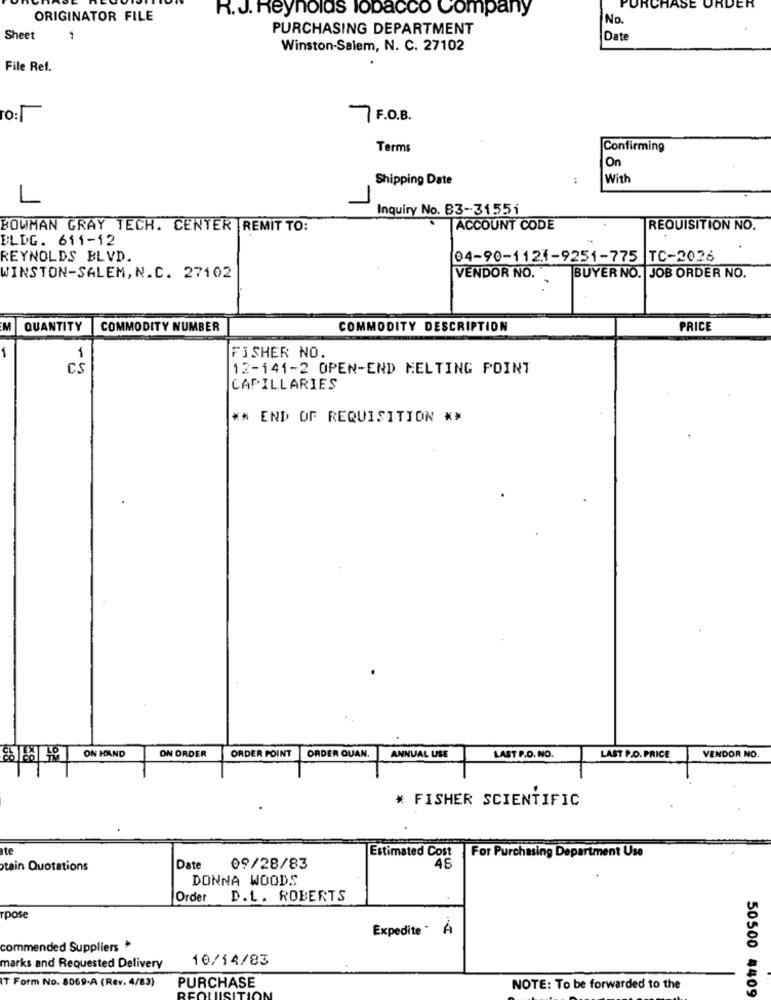
R. J. Reynolds lobacco Company
RCHASE ORDER
ORIGINATOR FILE
No
PURCHASING DEPARTMENT
Sheet
1
Date
Winston-Salem, N. C. 27102
File Ref.
To:
7 F.O.B.
Terms
Confirming
On
Shipping Date
With
L
Inquiry No. 83-31551
BOWMAN GRAY TECH. CENTER |REMIT TO:
ACCOUNT CODE
REQUISITION NO.
BLDG. 611-12
REYNOLDS BLVD.
04-90-1124-9251-775 TC-2026
WINSTON-SALEM, N.C. 27102
VENDOR NO.
BUYER NO. JOB ORDER NO.
M
QUANTITY
COMMODITY NUMBER
COMMODITY DESCRIPTION
PRICE
FISHER NO.
1
CS
12-141-2 OPEN-END MELTING POINT
CAPILLARIES
** END OF REQUISITION **
ON HAND
ON ORDER
ORDER POINT
ORDER QUAN.
ANNUAL USE
LAST P.O. NO.
LAST P.O. PRICE
VENDOR NO.
* FISHER SCIENTIFIC
te
Estimated Cost
For Purchasing Department Use
tain Quotations
Date
09/28/83
45
DONNA WOODS
Order D.L. ROBERTS
rpose
Expedite - À
commended Suppliers *
10/14/83
marks and Requested Delivery
IT Form No. 8069-A (Rev. 4/83)
PURCHASE
NOTE: To be forwarded to the
50500 4409